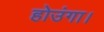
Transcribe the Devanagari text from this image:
होउंगा।